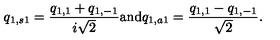
q _ { 1 , s 1 } = \frac { q _ { 1 , 1 } + q _ { 1 , - 1 } } { i \sqrt { 2 } } \mathrm { a n d } q _ { 1 , a 1 } = \frac { q _ { 1 , 1 } - q _ { 1 , - 1 } } { \sqrt { 2 } } .